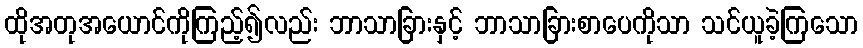
ထိုအတုအယောင်ကိုကြည့်၍လည်း ဘာသာခြားနှင့် ဘာသာခြားစာပေကိုသာ သင်ယူခဲ့ကြသော